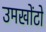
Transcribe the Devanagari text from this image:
उमखोंटो